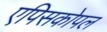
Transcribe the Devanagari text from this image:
एपिसकोपल